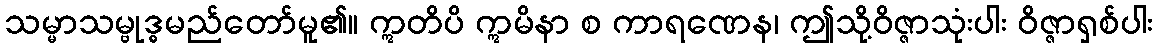
သမ္မာသမ္ဗုဒ္ဓမည်တော်မူ၏။ ဣတိပိ ဣမိနာ စ ကာရဏေန၊ ဤသို့ဝိဇ္ဇာသုံးပါး ဝိဇ္ဇာရှစ်ပါး